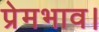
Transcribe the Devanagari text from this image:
प्रेमभाव।